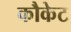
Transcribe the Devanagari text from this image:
कौकेट